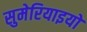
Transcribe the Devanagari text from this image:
सुमेरियाइयों